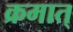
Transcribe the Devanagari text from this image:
क्रमात्